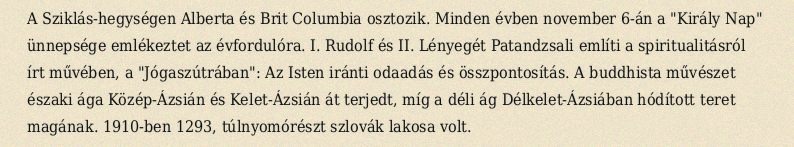
A Sziklás-hegységen Alberta és Brit Columbia osztozik. Minden évben november 6-án a "Király Nap" ünnepsége emlékeztet az évfordulóra. I. Rudolf és II. Lényegét Patandzsali említi a spiritualitásról írt művében, a "Jógaszútrában": Az Isten iránti odaadás és összpontosítás. A buddhista művészet északi ága Közép-Ázsián és Kelet-Ázsián át terjedt, míg a déli ág Délkelet-Ázsiában hódított teret magának. 1910-ben 1293, túlnyomórészt szlovák lakosa volt.